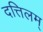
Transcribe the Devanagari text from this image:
दत्तिलम्‌